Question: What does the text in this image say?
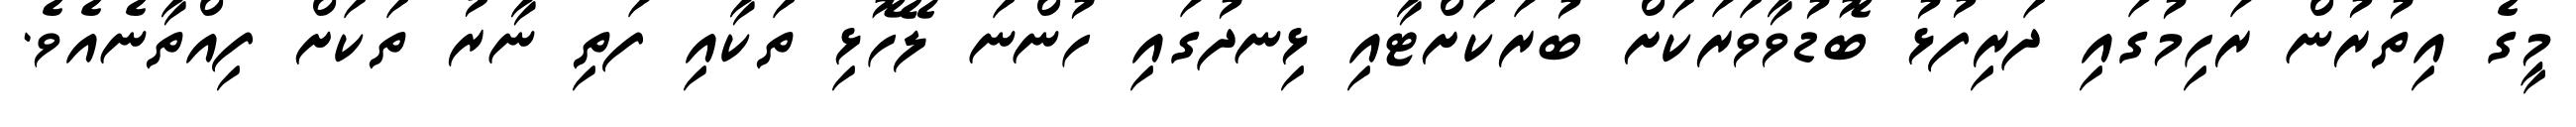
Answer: މީގެ އިތުރުން ރަހިމުގައި ދަރިފުޅު ބޮޑުވާވަރަކަށް ބުރަކަށްޓާއި ޅިނދުގައި ހުންނަ ލޭހޮޅި ތަކާއި ފަތި ނާރު ތަކަށް ފިއްތާނެއެވެ.